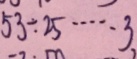
5 3 \div 2 5 \cdots 3